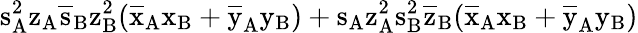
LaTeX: \mathrm{s_{A}^{2}\mathrm{z_{A}\mathrm{\overline{{s}}_{B}\mathrm{z_{B}^{2}(\mathrm{\overline{{x}}_{A}\mathrm{x_{B}+\mathrm{\overline{{y}}_{A}\mathrm{y_{B})+\mathrm{s_{A}\mathrm{z_{A}^{2}\mathrm{s_{B}^{2}\mathrm{\overline{{z}}_{B}(\mathrm{\overline{{x}}_{A}\mathrm{x_{B}+\mathrm{\overline{{y}}_{A}\mathrm{y_{B})}}}}}}}}}}}}}}}}